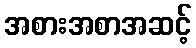
အစားအစာအဆင့်